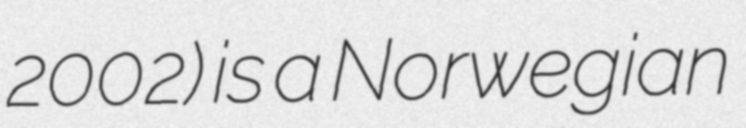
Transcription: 2002) is a Norwegian